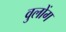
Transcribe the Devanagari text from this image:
वुलोंग